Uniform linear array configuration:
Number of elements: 4
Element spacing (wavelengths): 1
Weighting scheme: kaiser
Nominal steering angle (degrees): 15
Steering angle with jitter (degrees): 13.93
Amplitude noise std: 0.05
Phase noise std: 0.05

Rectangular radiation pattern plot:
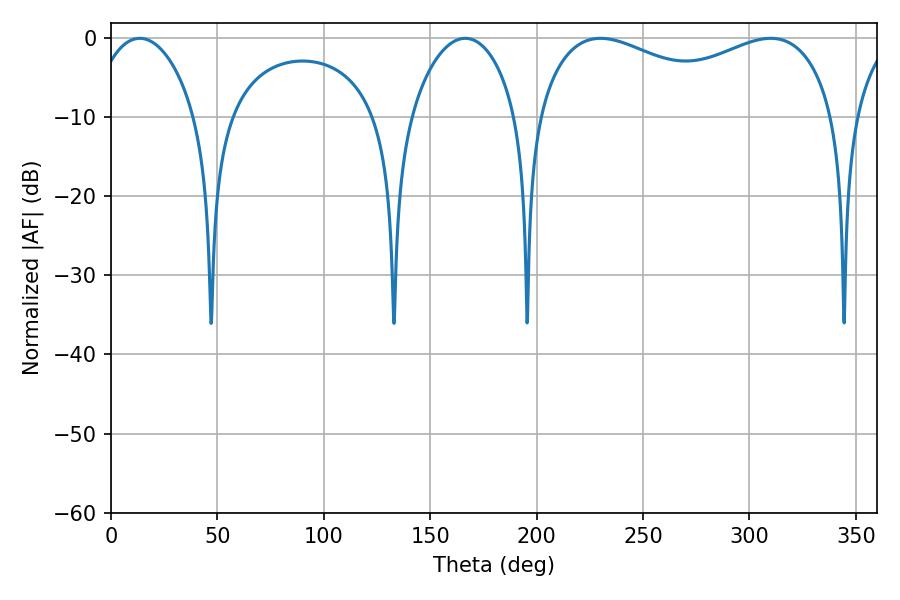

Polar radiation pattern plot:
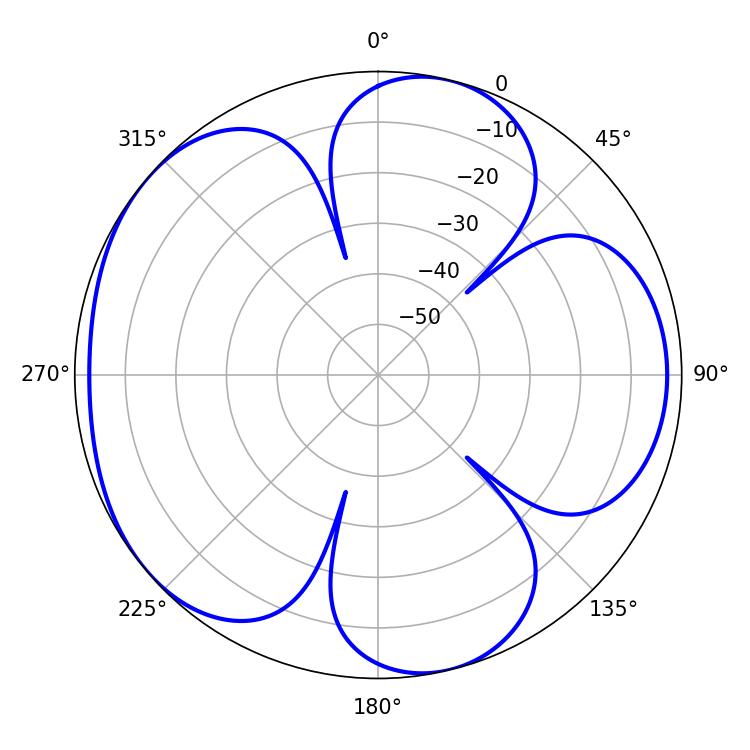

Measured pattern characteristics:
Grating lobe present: TRUE
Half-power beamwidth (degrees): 115.92
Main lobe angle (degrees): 230.04